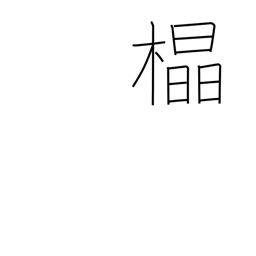
Meaning: straight grain